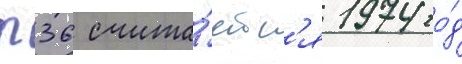
п36 счита́етс'я 1974 го́д